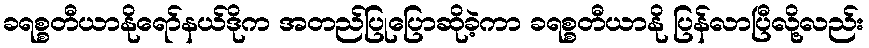
ခရစ္စတီယာနိုရော်နယ်ဒိုက အတည်ပြုပြောဆိုခဲ့ကာ ခရစ္စတီယာနို ပြန်လာပြီလို့လည်း